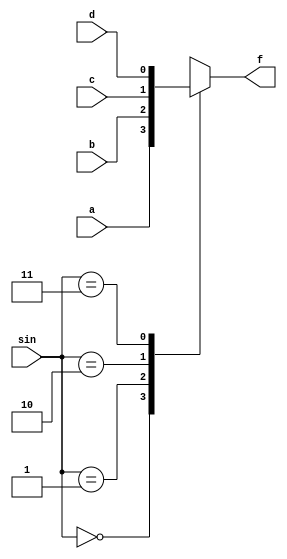
`timescale 1ns / 1ps
//////////////////////////////////////////////////////////////////////////////////
// Company: 
// Engineer: 
// 
// Design Name: 
// Module Name:    beh 
// Project Name: 
// Target Devices: 
// Tool versions: 
// Description: 
//
// Dependencies: 
//
// Revision: 
// Revision 0.01 - File Created
// Additional Comments: 
//
//////////////////////////////////////////////////////////////////////////////////
module beh(
    input a,
    input b,
    input c,
    input d,
    input [1:0] sin,
    output reg f
    );

	always@(*)
	begin
		case (sin)
			2'b00 : f=a;
			2'b01 : f=b;
			2'b10 : f=c;
			2'b11 : f=d;
			default f=0;
		endcase
	end
endmodule